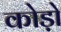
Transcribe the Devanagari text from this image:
कोड़ो